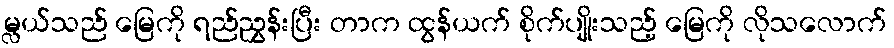
မ္လယ်သည် မြေကို ရည်ညွှန်းပြီး တာက ထွန်ယက် စိုက်ပျိုးသည့် မြေကို လိုသလောက်